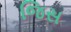
જિસ